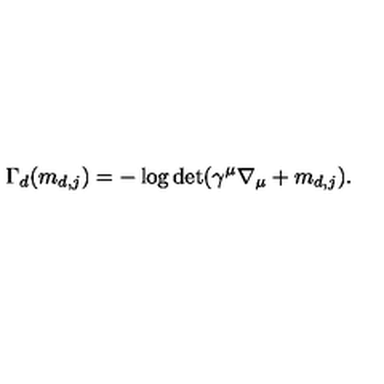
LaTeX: \Gamma _ { d } ( m _ { d , j } ) = - \log \det ( \gamma ^ { \mu } \nabla _ { \mu } + m _ { d , j } ) .